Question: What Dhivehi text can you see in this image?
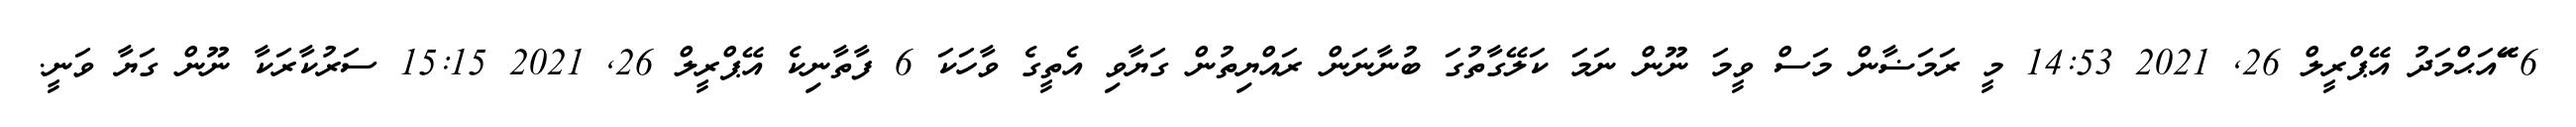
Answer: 6 ޭައަޙްމަދު އޭޕްރީލް 26, 2021 14:53 މީ ރަމަޟާން މަސް ވީމަ ނޫން ނަމަ ކަލޭގާތުގަ ބުނާނަން ރައްޔިތުން ގަޔާވި އެތީގެ ވާހަކަ 6 ފާތާނިކެ އޭޕްރީލް 26, 2021 15:15 ސަރުކާރަކާ ނޫން ގަޔާ ވަނީ.